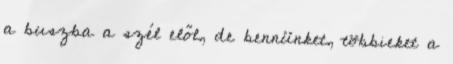
a buszba a szél elől, de bennünket, többieket a